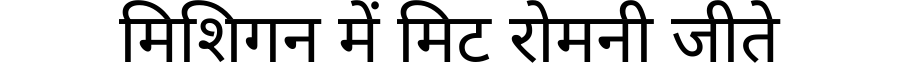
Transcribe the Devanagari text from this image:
मिशिगन में मिट रोमनी जीते